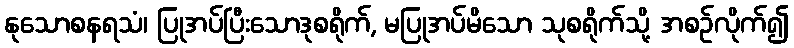
နုသောစနရသံ၊ ပြုအပ်ပြီးသောဒုစရိုက်, မပြုအပ်မိသော သုစရိုက်သို့ အစဉ်လိုက်၍